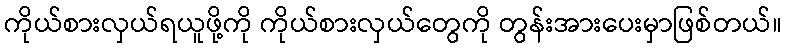
ကိုယ်စားလှယ်ရယူဖို့ကို ကိုယ်စားလှယ်တွေကို တွန်းအားပေးမှာဖြစ်တယ်။